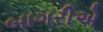
બાગરીએ